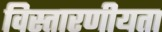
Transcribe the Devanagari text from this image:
विस्तारणीयता